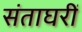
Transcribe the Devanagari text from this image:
संताघरीं